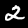
Label: 2